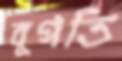
বুগতি